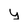
Character: y